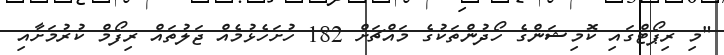
"މި ރިޕޯޓްގައި ކޮމިޝަންގެ ހޯދުންތަކުގެ މައްޗަށް 182 ހުށަހެޅުމެއް ޖަލުތައް ރިފޯމް ކުރުމަށާއި